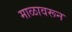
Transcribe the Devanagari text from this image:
माळावरून